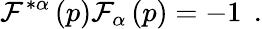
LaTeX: \mathcal{F}^{*\alpha}\left(p\right)\mathcal{F}_{\alpha}\left(p\right)=-1\; \, .